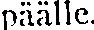
päälle.